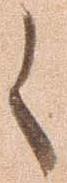
候